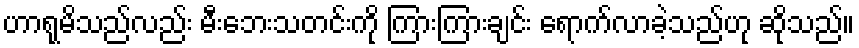
ဟာရုမိသည်လည်း မီးဘေးသတင်းကို ကြားကြားချင်း ရောက်လာခဲ့သည်ဟု ဆိုသည်။